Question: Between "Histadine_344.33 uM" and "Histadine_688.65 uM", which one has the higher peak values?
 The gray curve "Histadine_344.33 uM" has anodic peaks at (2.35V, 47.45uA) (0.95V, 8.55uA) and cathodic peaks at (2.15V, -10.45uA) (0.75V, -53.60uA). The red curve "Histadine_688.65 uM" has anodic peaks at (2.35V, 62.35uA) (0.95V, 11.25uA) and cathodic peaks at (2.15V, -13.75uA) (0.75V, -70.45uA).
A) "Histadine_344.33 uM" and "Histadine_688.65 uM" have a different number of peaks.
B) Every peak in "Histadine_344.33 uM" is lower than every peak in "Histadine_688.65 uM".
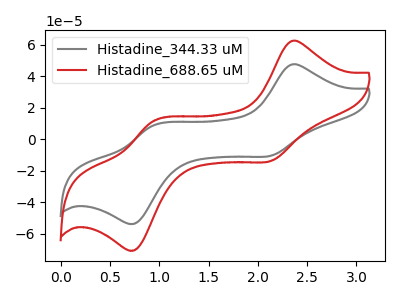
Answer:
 <answer>B) Every peak in "Histadine_344.33 uM" is lower than every peak in "Histadine_688.65 uM".</answer>
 <eval>B</eval>